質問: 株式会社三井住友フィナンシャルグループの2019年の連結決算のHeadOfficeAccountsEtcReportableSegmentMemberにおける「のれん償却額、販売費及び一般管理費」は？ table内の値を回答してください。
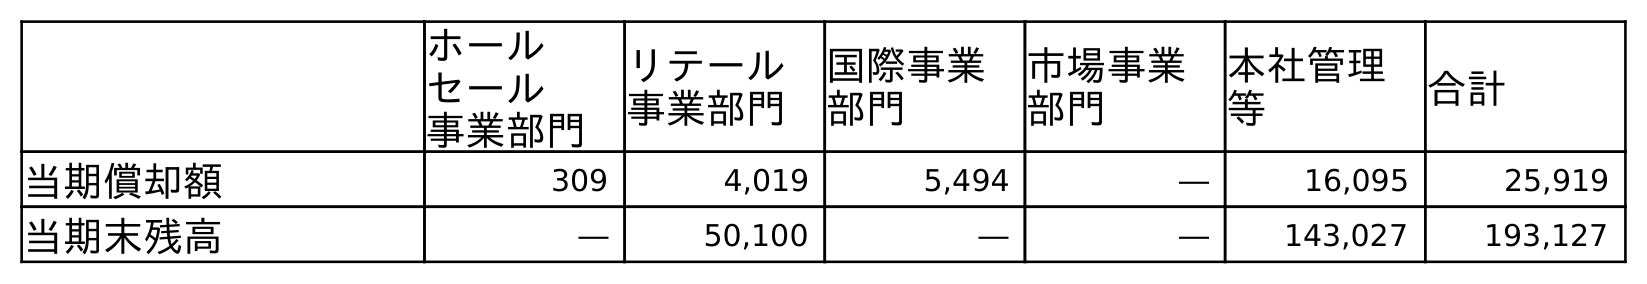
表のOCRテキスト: ホール セール 事業部門 リテール 事業部門 国際事業 部門 市場事業 部門 本社管理 等 合計 当期償却額 309 4,019 5,494 ― 16,095 25,919 当期末残高 ― 50,100 ― ― 143,027 193,127
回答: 16,095